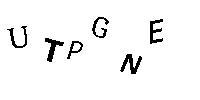
UTPGNE